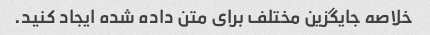
خلاصه جایگزین مختلف برای متن داده شده ایجاد کنید.